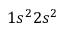
1 s ^ { 2 } 2 s ^ { 2 }